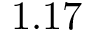
1 . 1 7